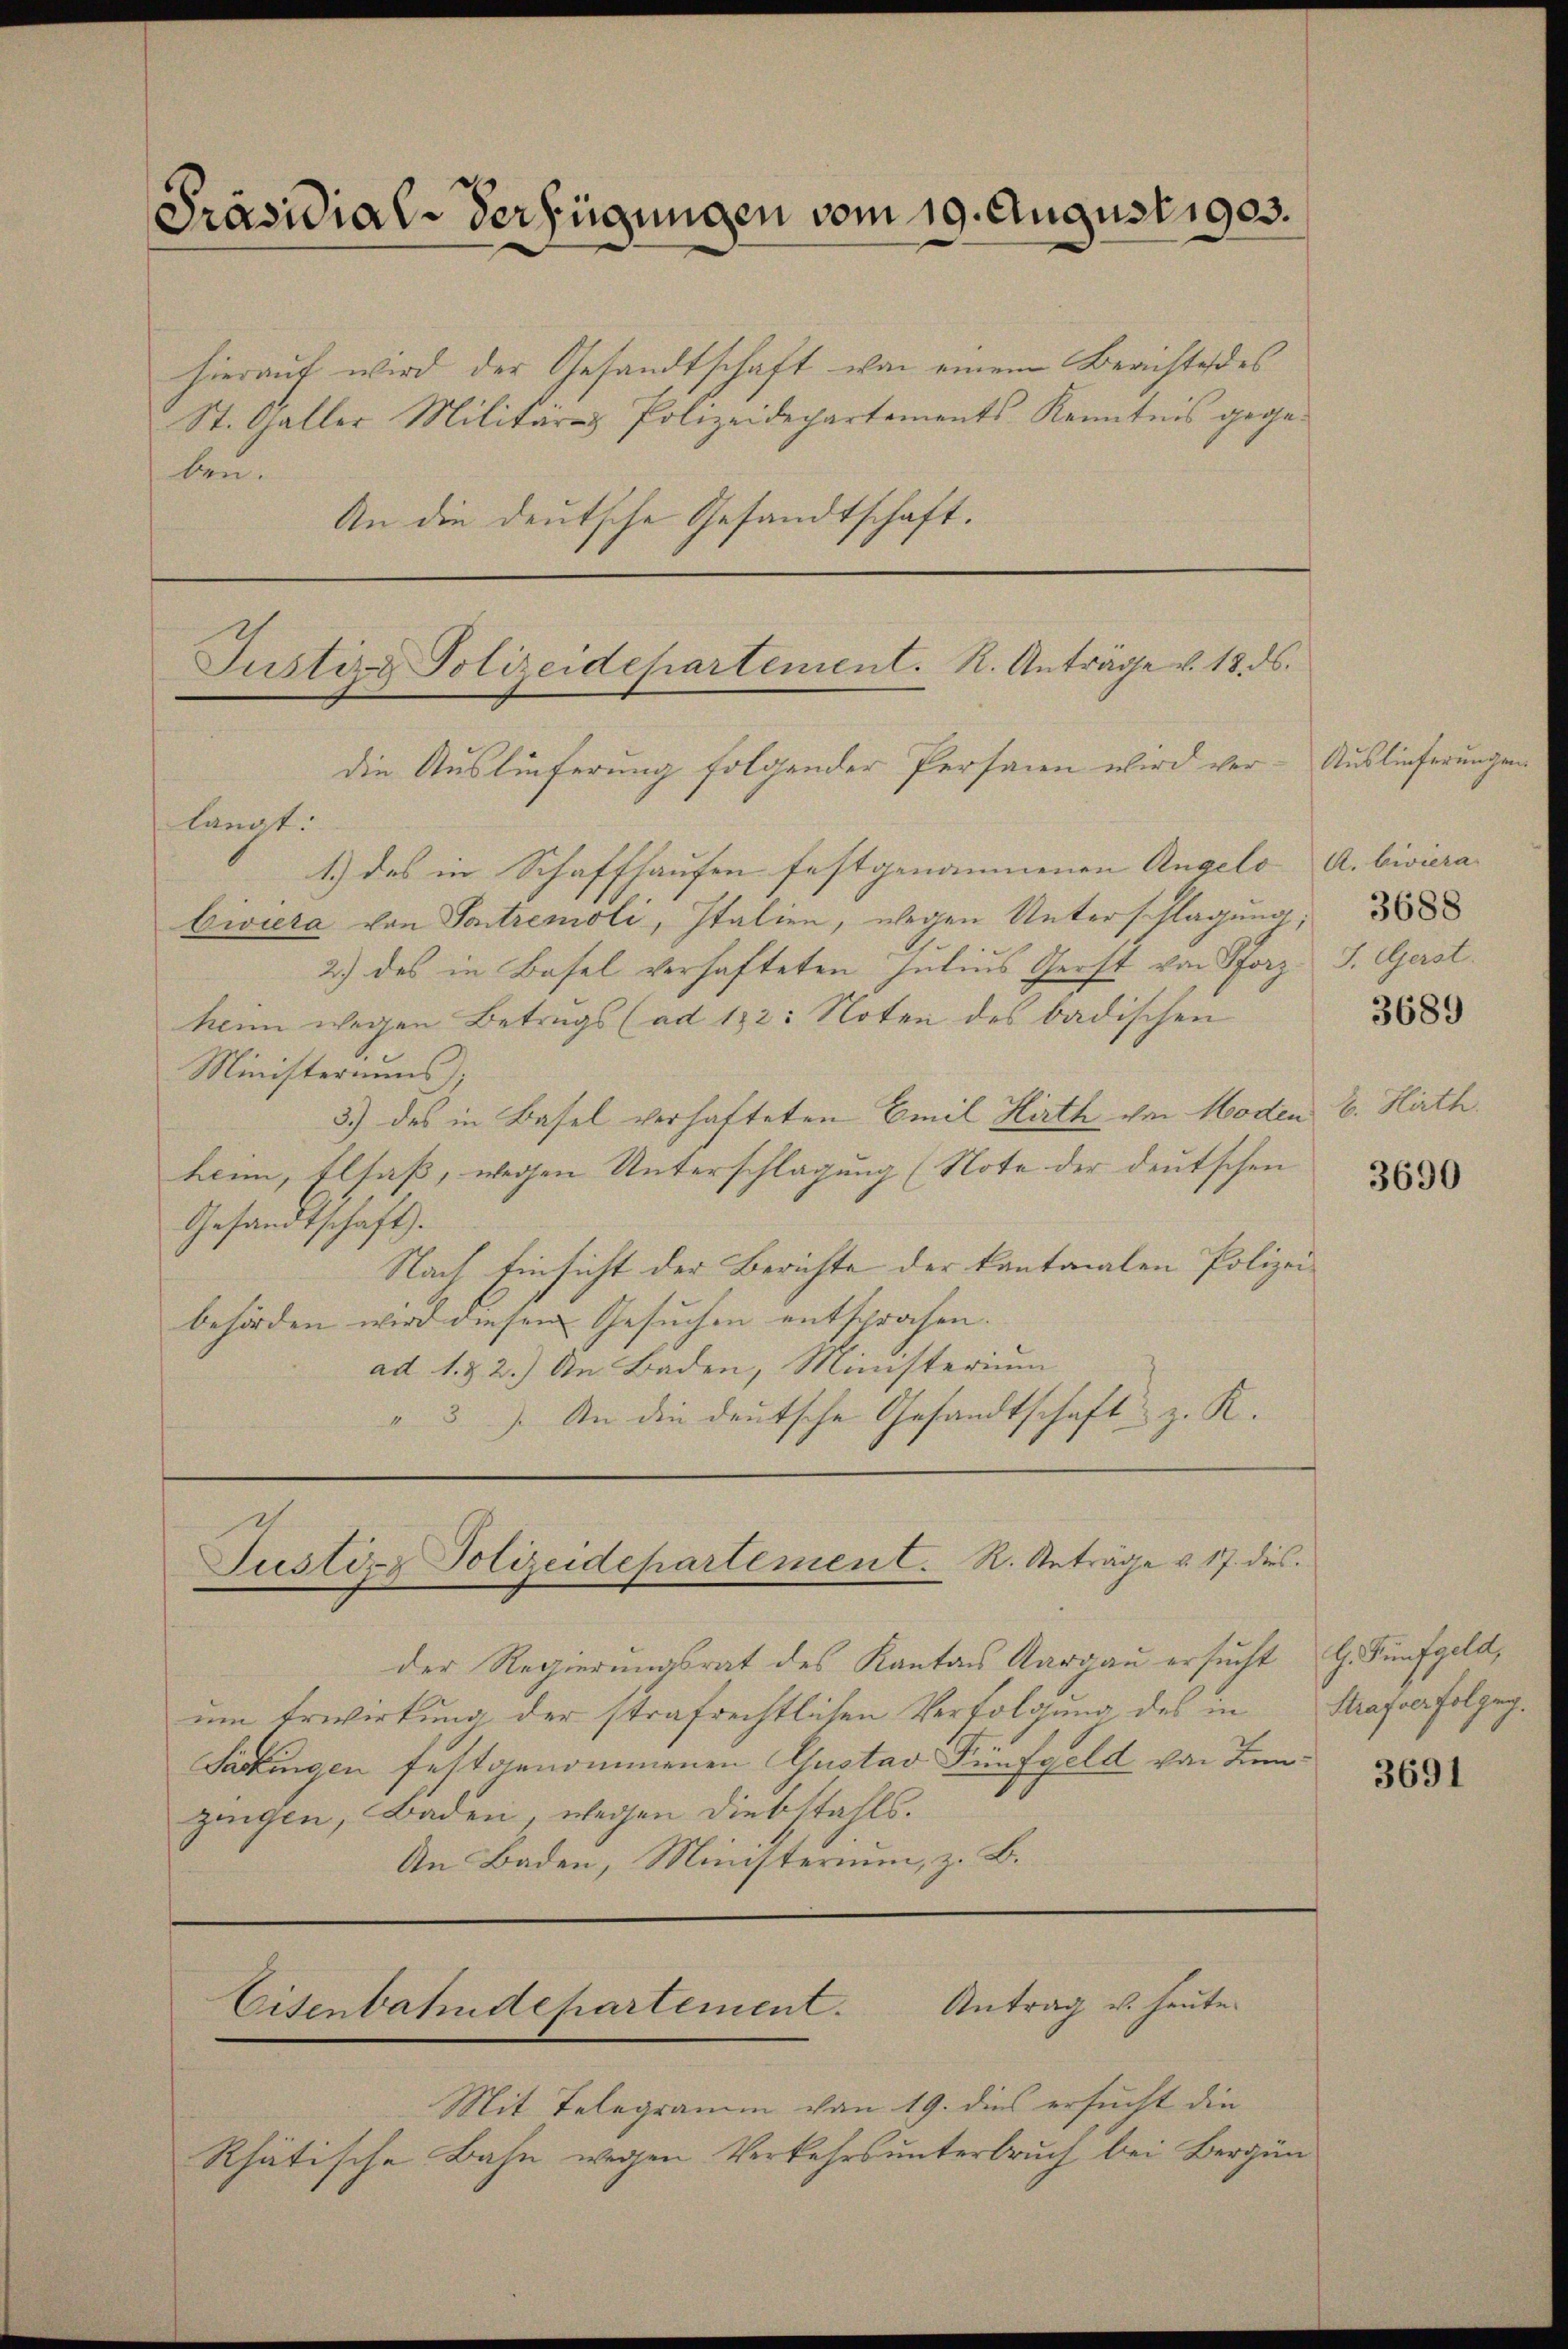
Präsidial-Verfügungen vom 19. August 1903.

Justiz- Polizeidepartement. R. Anträge v. 18. ds.

hierauf wird der Gesandtschaft von einem Berichte des
St. Galler Militärs Polizeidechartements Kenntnis gegelau.
An die deutsche Gesandtschaft.

die Auslieferung folgender Persann wird verlangt:
1.) das in Schaffhausen festgenommenen Angelo |
Ewira von Sontremoli, Italien, wegen Unterschlagung
2.) des in Basel verhafteten Julius Gerst von Pforz S. Gerst
heim wegen Betrugs (ad 132: Noten des badischen
Ministeriums,
3.) des in Basel verhafteten Emil Hirth von Moden
heim, Elsaß, wegen Unterschlagung (Note der deutschen
Gesandtschaft.
Nach Einsicht der Berichte der kantonalen Polizei-
behörden wird diesen Gesuchen entsprochen.
ad 1. & 2.) An Baden, Ministerium
3). An die deutsche Gesandtschaft z. K.

Justizz Polizeidepartement. R. Anträge u. 17. dies

Antrag u. heute.
Eisenbahndepartement.

der Regierungsrat des Kantons Aargau ersucht G. Fünfgeld,
um Erwirkung der strafrechtlichen Verfolgung des in
Sackingen festgenommenen Gustav Künfgeld von den
zingen, Baden, wegen Diebstahls.
An Baden, Ministerium, z. B.

Mit Telegramm von 19. dies ersucht die
Rhätische Bahn wegen Verkehrsunterbruch bei Bergün

Auslieferungen
A. Civiera

3689

E. Hirth.

3690

Strafverfolgeg.

3691